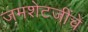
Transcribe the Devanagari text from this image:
जमशेटजींचे